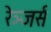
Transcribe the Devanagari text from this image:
रेञ्जर्स